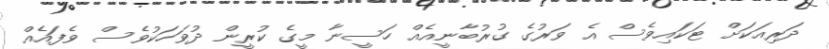
ދަރިއަކަށް ޓަކައިވެސް އެ ވަރުގެ ގުރުބާނީއެއް ހަސީނާ މީގެ ކުރީން ދުވަހަކުވެސް ވެފައެއް